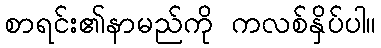
စာရင်း၏နာမည်ကို ကလစ်နှိပ်ပါ။